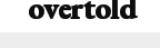
overtold